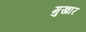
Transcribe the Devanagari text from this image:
मुखार